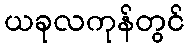
ယခုလကုန်တွင်